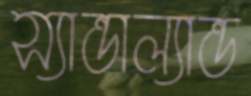
স্যান্ডাল্যান্ড